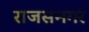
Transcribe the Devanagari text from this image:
राजसनगर